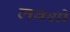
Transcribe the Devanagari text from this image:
लवशो